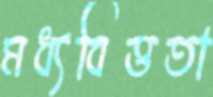
মধ্যবিত্ততা